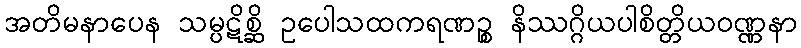
အတိမနာပေန သမ္ပဋိစ္ဆိ ဥပေါသထကရဏဉ္စ နိဿဂ္ဂိယပါစိတ္တိယဝဏ္ဏနာ